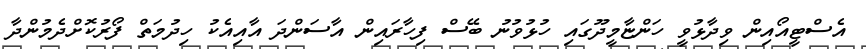
އެސްޓީއޯއިން ވިދާޅުވީ ހަންޏާމީދޫގައި ހުޅުވުނު ބޭސް ފިހާރައިން އާސަންދަ އާއިއެކު ހިދުމަތް ފޯރުކޮށްދެމުންދާ